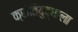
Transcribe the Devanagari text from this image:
क्रांतियुद्धाला